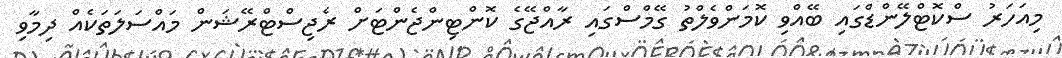
މިއަހަރު ސްކޮޓްލޭންޑްގައި ބޭއްވި ކޮމަންވެލްތު ގޭމްސްގައި ރާއްޖޭގެ ކޮންޓިންޖެންޓަށް ރެޖިސްޓްރޭޝަން މައްސަލަތަކެއް ދިމާވި